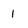
Character: 1